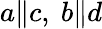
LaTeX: a\rVert c,\ b\rVert d